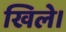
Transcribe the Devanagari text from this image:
खिले।